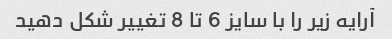
آرایه زیر را با سایز 6 تا 8 تغییر شکل دهید